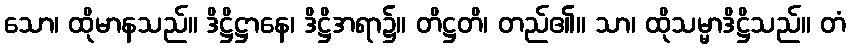
သော၊ ထိုမာနသည်။ ဒိဋ္ဌိဋ္ဌာနေ၊ ဒိဋ္ဌိအရာ၌။ တိဋ္ဌတိ၊ တည်၏။ သာ၊ ထိုသမ္မာဒိဋ္ဌိသည်။ တံ